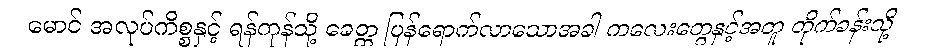
မောင် အလုပ်ကိစ္စနှင့် ရန်ကုန်သို့ ခေတ္တ ပြန်ရောက်လာသောအခါ ကလေးတွေနှင့်အတူ တိုက်ခန်းသို့